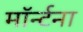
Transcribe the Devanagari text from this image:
मॉर्न्टना